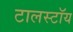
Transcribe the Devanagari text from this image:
टालस्टॉय